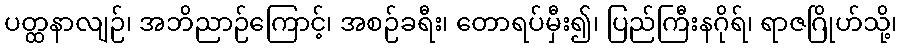
ပတ္ထနာလျဉ်၊ အဘိညာဉ်ကြောင့်၊ အစဉ်ခရီး၊ တောရပ်မှီး၍၊ ပြည်ကြီးနဂိုရ်၊ ရာဇဂြိုဟ်သို့၊